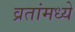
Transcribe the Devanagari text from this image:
व्रतांमध्ये